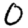
Digit: 0